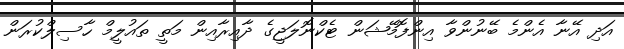
އަދި އޭނާ އެންމެ ބޭނުންވާ އިންފޮމޭޝަން ޓެކްނޮލަޖީގެ ދާއިރާއިން މަތީ ތައުލީމް ހާސިލްކުރަން